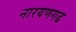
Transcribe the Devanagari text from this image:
नारयणगढ